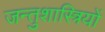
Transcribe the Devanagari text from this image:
जन्तुशास्त्रियों